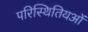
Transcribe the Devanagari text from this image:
परिस्थितियओं